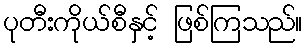
ပုတီးကိုယ်စီနှင့် ဖြစ်ကြသည်။